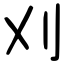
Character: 刈